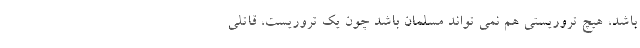
باشد، هیچ تروریستی هم نمی تواند مسلمان باشد چون یک تروریست، قاتلی